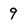
Character: 9